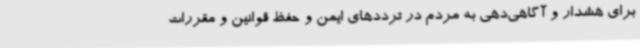
برای هشدار و آگاهی‌دهی به مردم در ترددهای ایمن و حفظ قوانین و مقررات